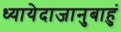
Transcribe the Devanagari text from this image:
ध्यायेदाजानुबाहुं